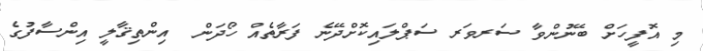
މި އޮފީހަށް ބޭނުންވާ ސަރވަރ ސަޕްލައިކޮށްދޭނެ ފަރާތެއް ހޯދަން  އިންތިޤާލީ އިންސާފުގެ